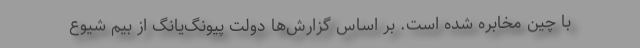
با چین مخابره شده است. بر اساس گزارش‌ها دولت پیونگ‌یانگ از بیم شیوع